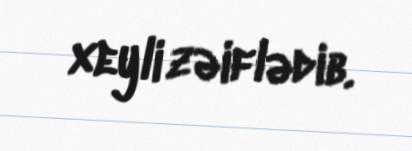
xeyli zəiflədib.